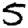
Digit: 5